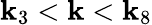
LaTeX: \mathbf{k}_{3}<\mathbf{k}<\mathbf{k}_{8}